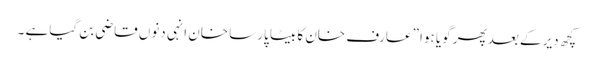
کچھ دیر کے بعد پھر گویا ہوا ”عارف خان کا بیٹا پارسا خان انہی دنوں قاضی بن گیا ہے ۔